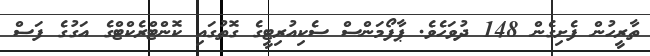
ތާރީހުން ފެށިގެން 148 ދުވަހެވެ. ޕާފޯމަންސް ސެކިއުރިޓީގެ ގޮތުގައި ކޮންޓްރެކްޓްގެ އަގުގެ ފަސް